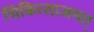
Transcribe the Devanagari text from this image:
चिकित्साजगत्‌